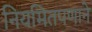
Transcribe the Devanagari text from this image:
नियमितपणाने